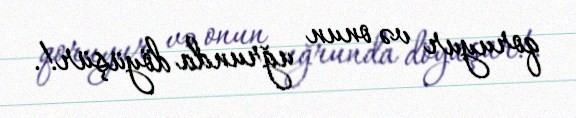
qoruyur və onun uğrunda döyüşür!.